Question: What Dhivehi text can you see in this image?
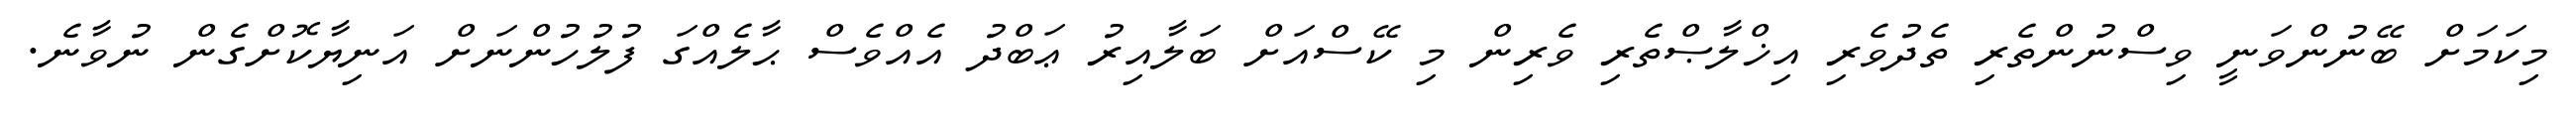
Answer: މިކަމަށް ބޭނުންވަނީ ވިސްނުންތެރި ތެދުވެރި އިޚްލާޞްތެރި ވެރިން މި ކޭސްއަށް ބަލާއިރު ޢަބްދު އެއްވެސް ޙާލެއްގަ ފުލުހުންނަށް އަނިޔާކޮށްގެން ނުވާނެ.